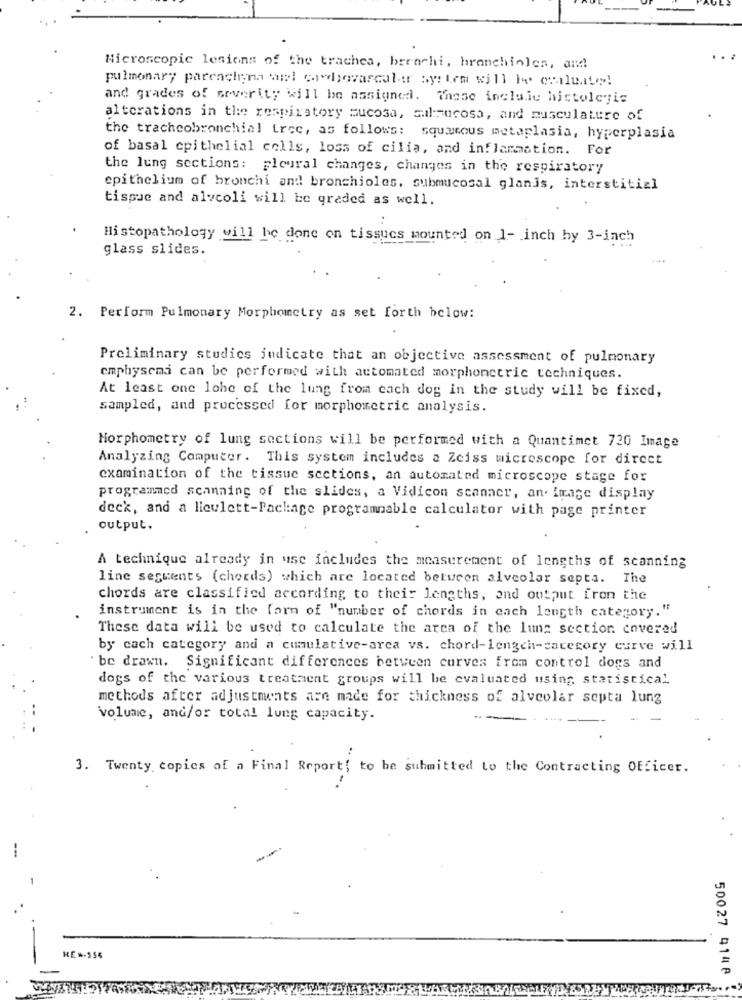
Microscopic lesions of the trachea, brenchi, hranchioles, and
pulmonary parcasigna al cabovascular system will be evaluate!
and grades of severity will be assigned. These incluiu hictolejis
alterations in the respiratory mucosa, sulmucosa, and musculature of
the tracheobronchial trec, as follows: squamous metaplasia, hyperplasia
of basal epithelial cells, loss of cilia, and inflammation. For
the lung sections: pleural changes, changes in the respiratory
epithelium of bronchi and bronchioles. submucosal glanis, interstitial
tissue and alveoli will be graded as well.
:
Histopathology will be done on tissues mounted on 1- inch by 3-inch
glass slides.
....
2. Perform Pulmonary Morphometry as set forth below:
Preliminary studics indicate that an objective assessment of pulmonary
emphysema can be performed with automated morphonetric techniques.
At least one lohe of the lung from each dog in the study will be fixed,
sampled, and processed for morphometric analysis.
Morphometry of lung sections will be performed with a Quantimct 720 Image
Analyzing Computer . This system includes a Zeiss microscope for direct
examination of the tissue sections, an automated microscope stage for
programmed scanning of the slides, a Vidicon scanner, an image display
deck, and a lieulett-Package programmable calculator with page printer
output.
A technique already in use includes the measurement of lengths of scanning
line segments (chords) which are located between alveolar septa. The
chords are classified according to their lengths, and output from the
instrument is in the form of "number of chords in each length category."
These data will be used to calculate the area of the lung section covered
by cach category and a cumulative-area vs. chord-lengch-category curve will
`be drawn. Significant differences between curves from control dogs and
dogs of the various treatment groups will be evaluated using statistical
methods after adjustments are made for thickness of alveolar septa lung
volume, and/or total lung capacity.
-
3. Twenty, copics of a Final Report, to be submitted to the Contracting Officer.
-
--
HEW-356
50027 4148